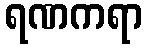
ရဏကရာ